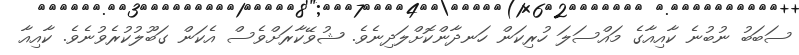
ސަބަބު ނުބުނެ ކާއިއާގެ މައްސަލަ ހުރިކަން ހަނދާންކޮށްލަދިނެވެ. ޝުވޭކާރަށްވެސް އެކަން ގަބޫލުކުރެވުނެވެ. ކާއިއާ